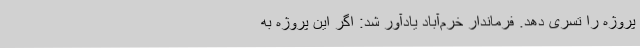
پروژه را تسری دهد. فرماندار خرم‌آباد یادآور شد: اگر این پروژه به